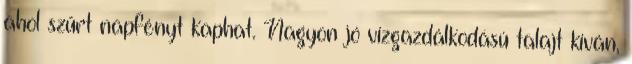
ahol szűrt napfényt kaphat. Nagyon jó vízgazdálkodású talajt kíván,